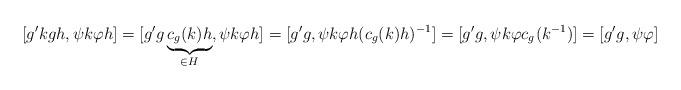
LaTeX: \begin{align*}[g'kgh,\psi k \varphi h]=[g'g\underbrace{c_g(k)h}_{\in H}, \psi k \varphi h]=[g'g, \psi k \varphi h (c_{g}(k)h)^{-1}]=[g'g, \psi k \varphi c_{g^{}}(k^{-1})]=[g'g,\psi\varphi]\end{align*}